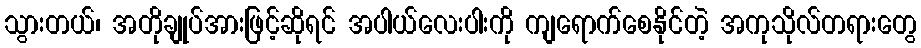
သွားတယ်၊ အတိုချုပ်အားဖြင့်ဆိုရင် အပါယ်လေးပါးကို ကျရောက်စေနိုင်တဲ့ အကုသိုလ်တရားတွေ